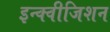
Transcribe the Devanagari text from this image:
इन्क्वीजिशन